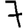
Digit: 7